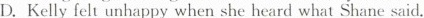
D.Kelly felt unhappy when she heard what Shane said.